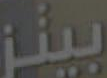
بيتز